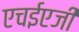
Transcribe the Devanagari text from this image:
एचईएजी